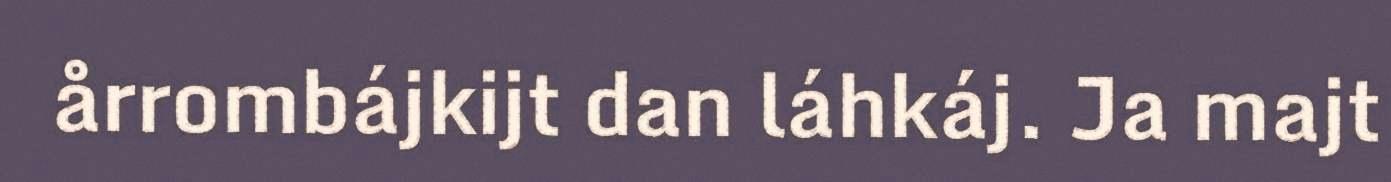
årrombájkijt dan láhkáj. Ja majt